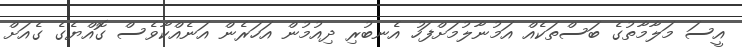
އީސަ މަލާމާތުގެ ބަސްތަކެއް އަމުނާލުމަށްފަހު އެނބުރި ދިއުމުން އަހަރެން އަނެއްކާވެސް ގޮއްޔެގެ ގެއަށް